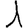
Digit: 1